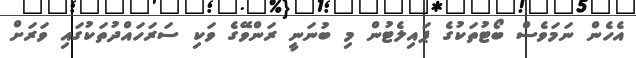
އެހެން ނަމަވެސް ބޯޓުތަކުގެ ޕައިލެޓުން މި ބުނަނީ ރަންވޭގެ ވަކި ސަރަހައްދުތަކުގައި ވަރަށް